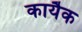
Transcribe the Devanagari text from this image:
कायैक